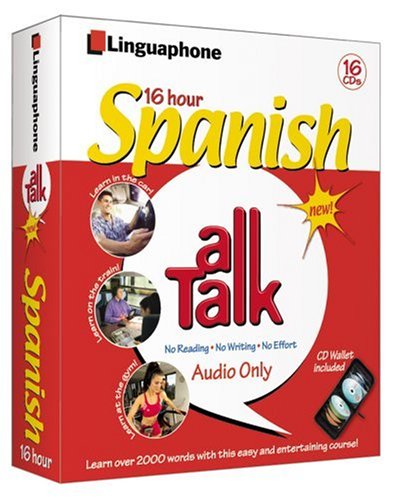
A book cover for Spanish All Talk Complete Language Course (16 Hour/16 Cds): Learn to Understand and Speak Spanish with Linguaphone Language Programs (All Talk); John Foley; Travel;